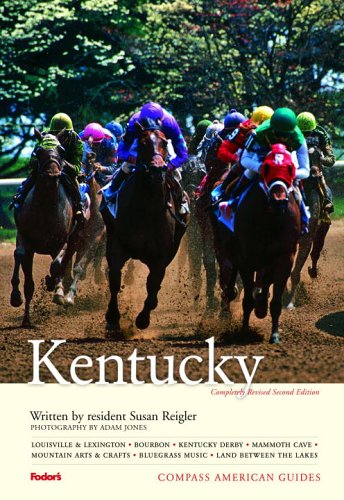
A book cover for Compass American Guides: Kentucky, 2nd Edition (Full-color Travel Guide); Susan H. Reigler; Travel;